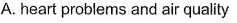
A. heart problems and air quality